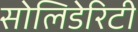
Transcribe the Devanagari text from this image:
सोलिडेरिटी